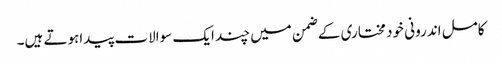
کامل اندرونی خود مختاری کے ضمن میں چند ایک سوالات پیداہوتے ہیں۔